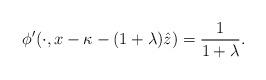
LaTeX: \begin{align*}\phi'(\cdot,x-\kappa-(1+\lambda)\hat{z})=\frac{1}{1+\lambda}. \end{align*}